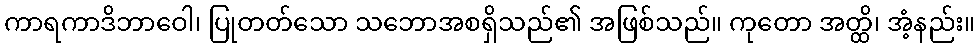
ကာရကာဒိဘာဝေါ၊ ပြုတတ်သော သဘောအစရှိသည်၏ အဖြစ်သည်။ ကုတော အတ္ထိ၊ အံ့နည်း။